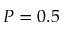
P = 0 . 5